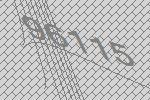
96115